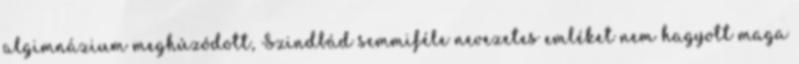
algimnázium meghúzódott, Szindbád semmiféle nevezetes emléket nem hagyott maga